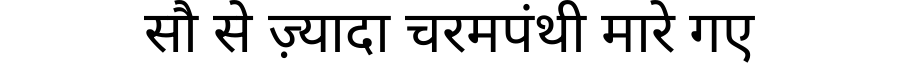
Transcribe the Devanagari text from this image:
सौ से ज़्यादा चरमपंथी मारे गए